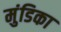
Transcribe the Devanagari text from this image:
मुंडिका